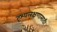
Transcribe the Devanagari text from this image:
दृश्यलक्षणासाठी